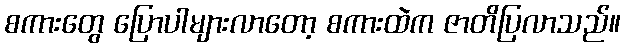
စကားတွေ ပြောပါများလာတော့ စကားထဲက ဇာတိပြလာသည်။